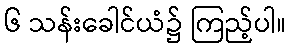
၆ သန်းခေါင်ယံ၌ ကြည့်ပါ။